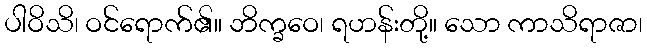
ပါဝိသိ၊ ဝင်ရောက်၏။ ဘိက္ခဝေ၊ ရဟန်းတို့။ သော ကာသိရာဇာ၊